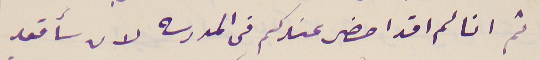
ثم انا لم اقد احضر عندكم فى المدرسه لان سأقعد